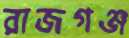
রাজগঞ্জ